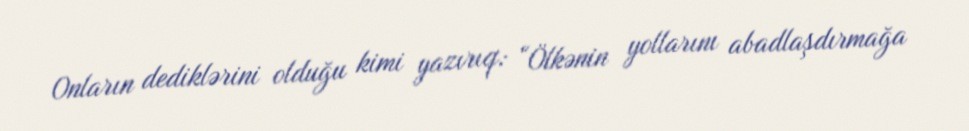
Onların dediklərini olduğu kimi yazırıq: “Ölkənin yollarını abadlaşdırmağa